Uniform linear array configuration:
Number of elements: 48
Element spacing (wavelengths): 0.5
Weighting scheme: kaiser
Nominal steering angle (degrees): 30
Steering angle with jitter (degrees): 30.068
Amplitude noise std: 0.05
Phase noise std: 0.05

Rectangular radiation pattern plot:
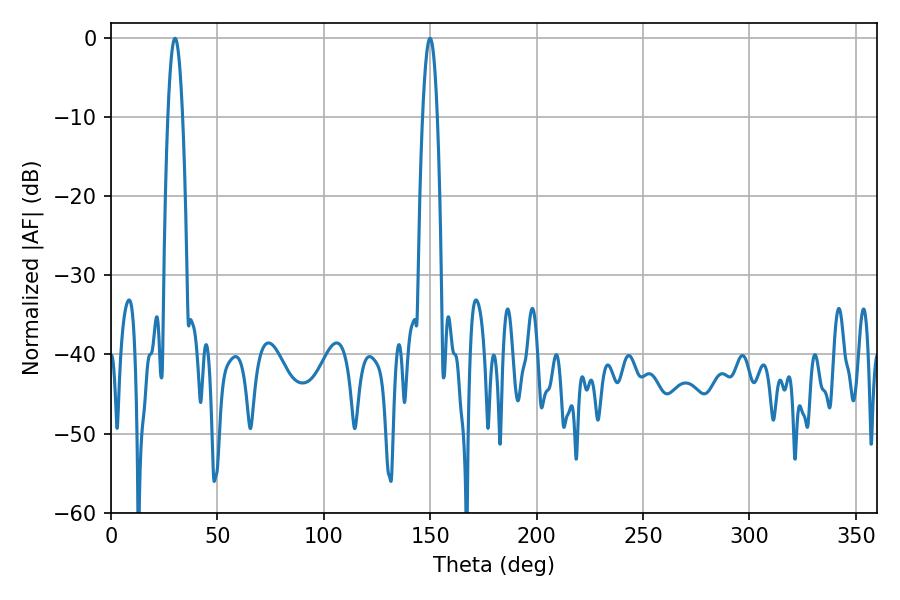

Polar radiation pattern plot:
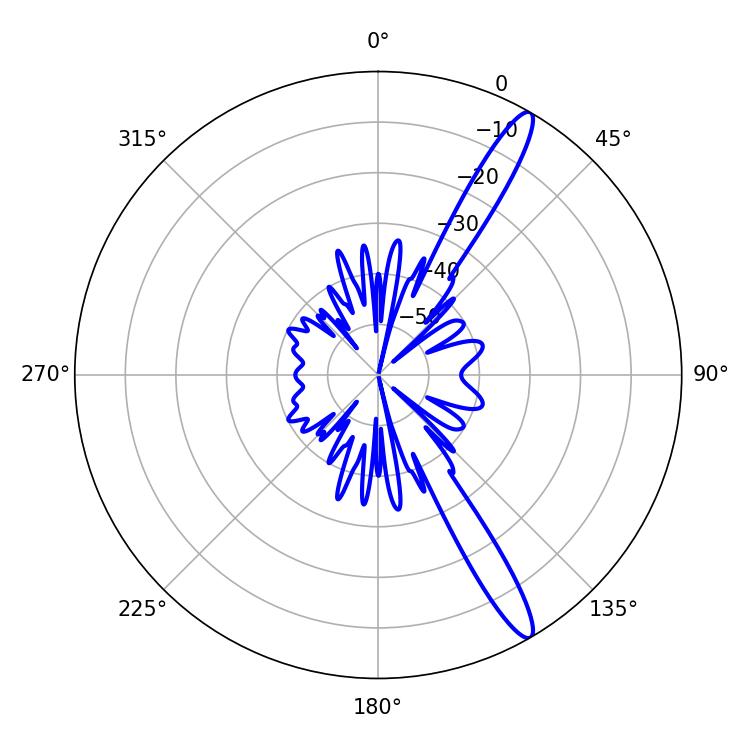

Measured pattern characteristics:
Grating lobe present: FALSE
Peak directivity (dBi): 14.407
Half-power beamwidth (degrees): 3.78
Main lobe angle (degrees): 30.06